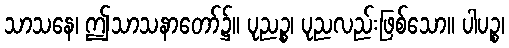
သာသနေ၊ ဤသာသနာတော်၌။ ပုညဉ္စ၊ ပုညလည်းဖြစ်သော။ ပါပဉ္စ၊